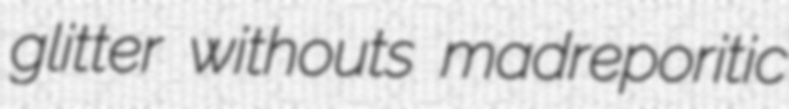
glitter withouts madreporitic